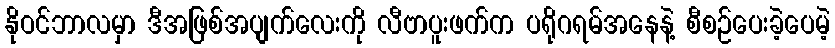
နိုဝင်ဘာလမှာ ဒီအဖြစ်အပျက်လေးကို လီဗာပူးဖက်က ပရိုဂရမ်အနေနဲ့ စီစဉ်ပေးခဲ့ပေမဲ့